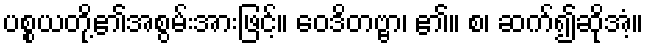
ပစ္စယတို့၏အစွမ်းအားဖြင့်။ ဝေဒိတဗ္ဗာ၊ ၏။ စ၊ ဆက်၍ဆိုအံ့။